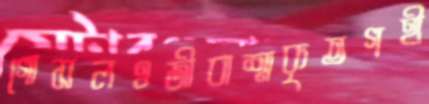
গোসলওজীবাশ্মকৃতগহী